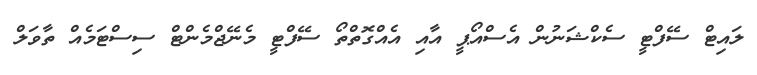
ލައިޓް ސޭފްޓީ ސެކްޝަނުން އެސްއޯޕީ އާއި އެއްގޮތްތޯ ސޭފްޓީ މެނޭޖްމެންޓް ސިސްޓަމެއް ތާވަލް